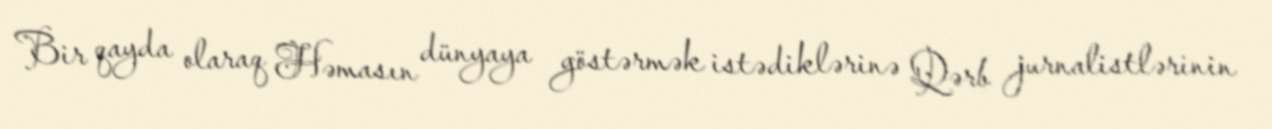
Bir qayda olaraq Həmasın dünyaya göstərmək istədiklərinə Qərb jurnalistlərinin